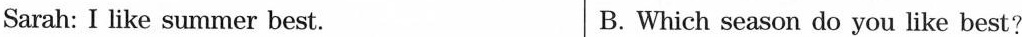
Sarah: I like summer best. B.Which season do you like best?